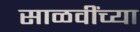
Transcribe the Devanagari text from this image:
साळवींच्या